Civil Veterinary Department Bengal reports 1923-33 - 1923-1933
Year: 1923
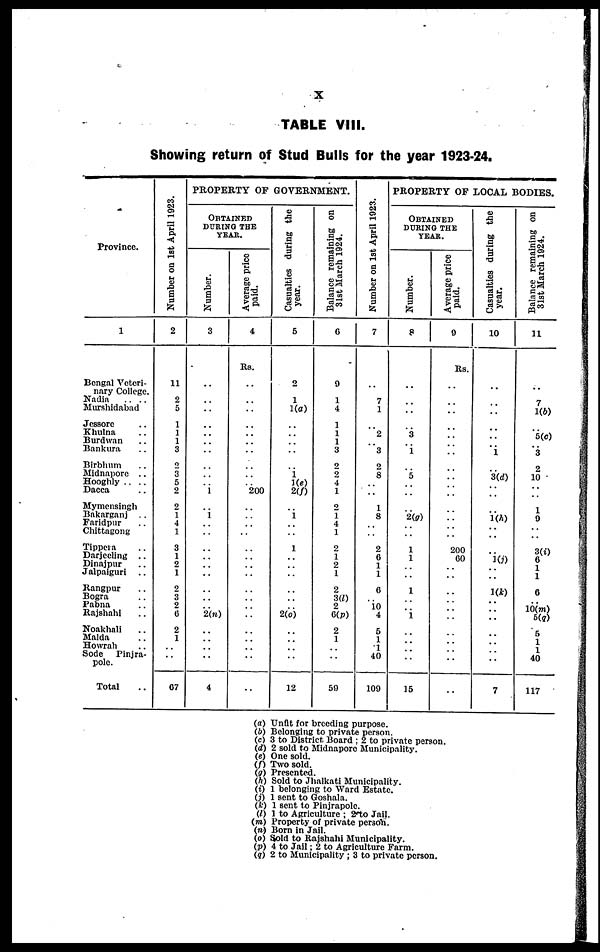
X
TABLE VIII.
Showing return of Stud Bulls for the year 1923-24.
Province.
1
Bengal Veteri-
nary College.
Nadia
.. ..
Murshidabad
Jessore ..
Khulna ..
Burdwan ..
Bankura ..
Birbhum ..
Midnapore ..
Hooghly ..
Dacca ..
Mymensingh
Bakarganj ..
Faridpur ..
Chittagong
Tippcia ..
Darjeeling ..
Dinajpur
Jalpaiguri
..
Rangpur ..
Bogra ..
Pabna ..
Rajshahl ..
Noakhali ..
Malda ..
Howrah ..
Sode
Pinjra-
pole.
Total ..
Number on 1st April 1923.
2
11
2
5
1
1
1
3
2
3
5
2
2
1 4
1
3
1
2
1
2
3
2
6
2
1
..
..
..
67
PROPERTY OF GOVERNMENT.
OBTAINED
DURING THE
YEAR.
Number.
3
..
..
..
..
..
..
..
..
..
.. 1
..
1
..
..
..
..
..
..
..
..
.. 2(n)
..
..
..
..
..
4
Average price
paid.
4
Rs.
..
..
..
..
..
..
..
..
..
.. 200
..
..
..
..
..
..
..
..
..
..
..
..
..
..
..
..
..
..
Casualties during the
year.
5
2
1
1(a)
..
..
..
..
..
1 1(e)
2(f)
..
1
..
..
1
..
..
..
..
..
.. 2(o)
..
..
..
..
..
12
Balance remaining on
31st March 1924.
6
9
1
4
1
1
1
3
2
2
4
1
2
1
4
1
2
1
2
1
2
3(l)
2
6(p)
2
1
..
..
..
59
Number on 1st April 1923.
7
..
7
1
..
2
.. 3
2
8
..
..
1
8
..
..
2
6
1
1
6
.. 10 4
5
1
1
40
..
109
PROPERTY OF LOCAL BODIES.
OBTAINED
DURING THE
YEAR.
Number.
8
..
..
..
..
3
.. 1
..
5
..
..
..
2(g)
..
..
1
1
..
..
1
..
.. 1
..
..
..
..
..
15
Average price
paid.
9
Rs.
..
..
..
..
..
..
..
..
..
..
..
..
..
..
..
200
60
..
..
..
..
..
..
..
..
..
..
..
..
Casualties during the
year.
10
..
..
..
..
..
.. 1
..
3(d)
..
..
..
1(h)
..
..
..
1(j)
..
..
1(k)
..
..
..
..
..
..
..
..
7
Balance remaining on
31st March 1924.
11
..
7
1(6)
..
5(c)
.. 3
2
10
..
..
1
9
..
..
3(i)
6
1
1
6
.. 10(m)
5(q)
5
1
1
40
..
117
(a) Unit for breeding purpose.
(b) Belonging to private person.
(c) 3 to District. Board ; 2 to private person.
(d) 2 sold to Midnapore Municipality.
(e) One sold.
(f) Two sold.
(g) Presented.
(h) Sold to Jhalkati Municipality.
(i) 1 belonging to Ward Estate.
(j) 1 sent to Goshala.
(k) 1 sent to Pinjrapole.
(l) 1 to Agriculture ; 2 to Jail,
(m) Property of private persoh.
(n) Bom in Jail.
(o) Sold to Rajshahi Municipality.
(p) 4 to Jail; 2 to Agriculture Farm.
(q) 2 to Municipality ; 3 to private person.